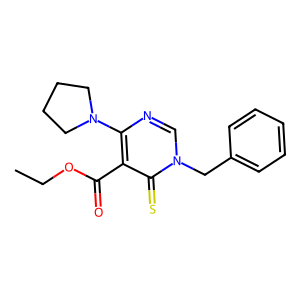
SMILES: CCOC(=O)c1c(N2CCCC2)ncn(Cc2ccccc2)c1=S
Inhibits HIV replication: No